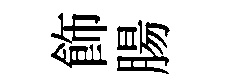
飾腸